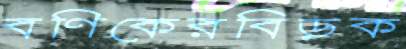
বণিকেরবিড়ক